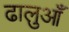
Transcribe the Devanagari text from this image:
ढालुआँ